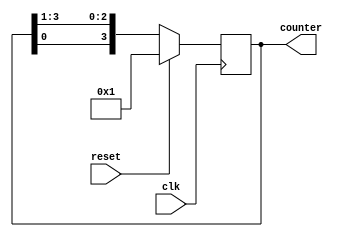
// This program was cloned from: https://github.com/ekb0412/100DaysofRTL
// License: Apache License 2.0

`timescale 1ns / 1ps

module ring_counter #(parameter N=4)
    (input clk, reset,
    output reg [N-1:0] counter );

always @(posedge clk) 
    begin
    
    if (reset) 
        counter <= 1;
     
    else 
        counter <= {counter[0], counter[N-1:1]};
    
    end
endmodule